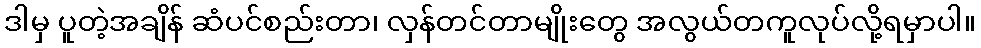
ဒါမှ ပူတဲ့အချိန် ဆံပင်စည်းတာ၊ လှန်တင်တာမျိုးတွေ အလွယ်တကူလုပ်လို့ရမှာပါ။